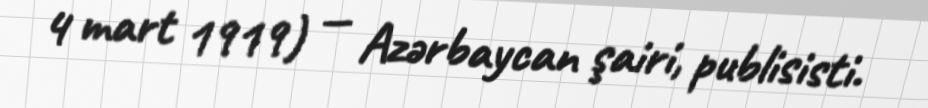
4 mart 1919) — Azərbaycan şairi, publisisti.